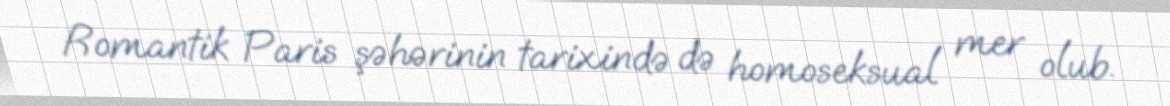
Romantik Paris şəhərinin tarixində də homoseksual mer olub.